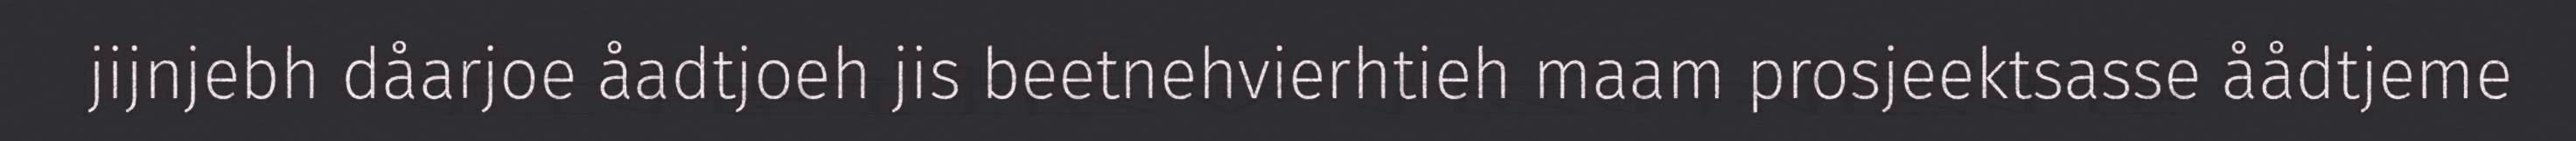
jijnjebh dåarjoe åadtjoeh jis beetnehvierhtieh maam prosjeektsasse åådtjeme